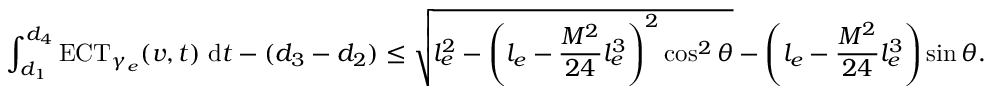
\int _ { d _ { 1 } } ^ { d _ { 4 } } \mathrm { E C T } _ { \gamma _ { e } } ( v , t ) \; \mathrm { d } t - ( d _ { 3 } - d _ { 2 } ) \leq \sqrt { l _ { e } ^ { 2 } - \left( l _ { e } - \frac { M ^ { 2 } } { 2 4 } l _ { e } ^ { 3 } \right) ^ { 2 } \cos ^ { 2 } \theta } - \left( l _ { e } - \frac { M ^ { 2 } } { 2 4 } l _ { e } ^ { 3 } \right) \sin \theta .